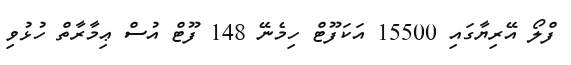
ފްލޯ އޭރިޔާގައި 15500 އަކަފޫޓް ހިމެނޭ 148 ފޫޓް އުސް ޢިމާރާތް ހުޅުވި